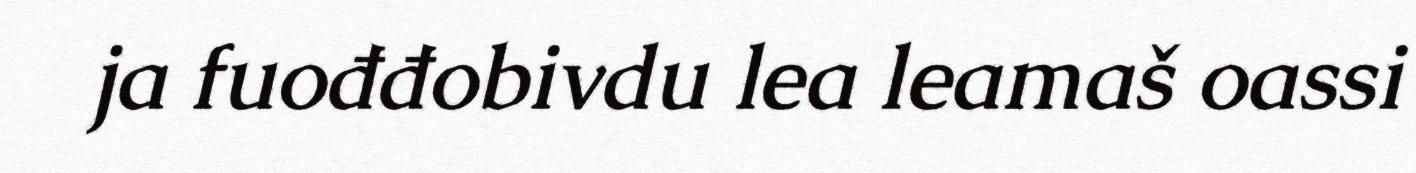
ja fuođđobivdu lea leamaš oassi